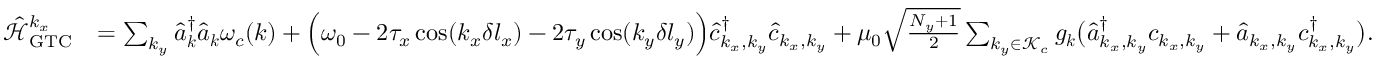
\begin{array} { r l } { \mathcal { \hat { H } } _ { \mathrm { G T C } } ^ { k _ { x } } } & { = \sum _ { k _ { y } } \hat { a } _ { \boldsymbol k } ^ { \dagger } \hat { a } _ { \boldsymbol k } \omega _ { c } ( { \boldsymbol k } ) + \Big ( \omega _ { 0 } - 2 \tau _ { x } \cos ( k _ { x } \delta l _ { x } ) - 2 \tau _ { y } \cos ( k _ { y } \delta l _ { y } ) \Big ) \hat { c } _ { k _ { x } , k _ { y } } ^ { \dagger } \hat { c } _ { k _ { x } , k _ { y } } + \mu _ { 0 } \sqrt { \frac { N _ { y } + 1 } { 2 } } \sum _ { k _ { y } \in \mathcal { K } _ { c } } { g _ { \boldsymbol k } } \big ( \hat { a } _ { k _ { x } , k _ { y } } ^ { \dagger } c _ { k _ { x } , k _ { y } } + \hat { a } _ { { k _ { x } , k _ { y } } } c _ { k _ { x } , k _ { y } } ^ { \dagger } \big ) . } \end{array}